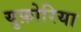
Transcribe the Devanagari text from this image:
युफ़ोरिया